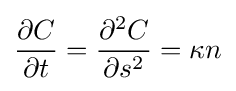
{\frac {\partial C}{\partial t}}={\frac {\partial ^{2}C}{\partial s^{2}}}=\kappa n